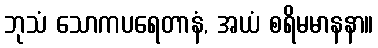
ဘုသံ သောကပရေတာနံ, အယံ စရိမမာနနာ။